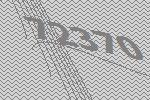
72370